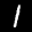
Label: 1